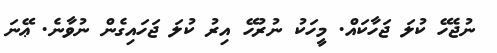
ނުޖެހޭ ކުލަ ޖަހާކައް. މީހަކު ނުރުހޭ އިރު ކުލަ ޖަހައިގެން ނުވާނެ. ޢޭނަ